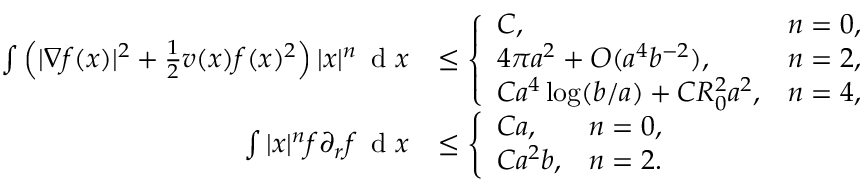
\begin{array} { r l } { \int \left( | \nabla f ( x ) | ^ { 2 } + \frac { 1 } { 2 } v ( x ) f ( x ) ^ { 2 } \right) | x | ^ { n } \, \textnormal { d } x } & { \leq \left\{ \begin{array} { l l } { C , } & { n = 0 , } \\ { 4 \pi a ^ { 2 } + O ( a ^ { 4 } b ^ { - 2 } ) , } & { n = 2 , } \\ { C a ^ { 4 } \log ( b / a ) + C R _ { 0 } ^ { 2 } a ^ { 2 } , } & { n = 4 , } \end{array} \right. } \\ { \int | x | ^ { n } f \partial _ { r } f \, \textnormal { d } x } & { \leq \left\{ \begin{array} { l l } { C a , } & { n = 0 , } \\ { C a ^ { 2 } b , } & { n = 2 . } \end{array} \right. } \end{array}